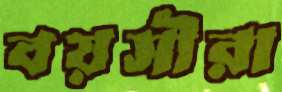
বয়সীরা